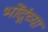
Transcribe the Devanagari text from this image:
भोंदूंच्या